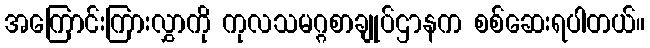
အကြောင်းကြားလွှာကို ကုလသမဂ္ဂစာချုပ်ဌာနက စစ်ဆေးရပါတယ်။